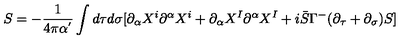
S = - \frac { 1 } { 4 \pi \alpha ^ { ' } } \int d \tau d \sigma [ \partial _ { \alpha } X ^ { i } \partial ^ { \alpha } X ^ { i } + \partial _ { \alpha } X ^ { I } \partial ^ { \alpha } X ^ { I } + i \bar { S } \Gamma ^ { - } ( \partial _ { \tau } + \partial _ { \sigma } ) S ]